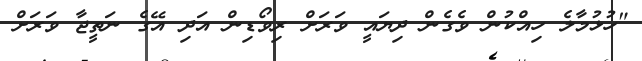
"ހުޅުމާލެ ހިއްކުން ވެގެން ދިޔައީ ވަރަށް ރިވޯޑިން އަދި އޭގެ ނަތީޖާ ވަރަށް